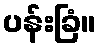
ပန်းခြံ။